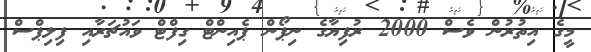
މީގެ އިތުރުން ވެސް 2000 ރުފިޔާގެ ނިޕޯން ޕެއިންޓް ގިފްޓް ވައުޗަރާއި ފިލިޕްސް